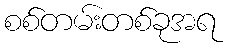
စစ်တမ်းတစ်ခုအရ